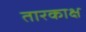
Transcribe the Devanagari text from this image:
तारकाक्ष